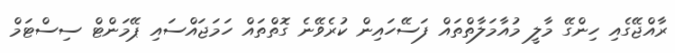
ރާއްޖޭގެއި ހިންގޭ މާލީ މުއާމަލާތްތައް ފަސޭހައިން ކުރެވޭނެ ގޮތްތައް ހަމަޖައްސައި ޕޭމަންޓް ސިސްޓަމް